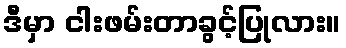
ဒီမှာ ငါးဖမ်းတာခွင့်ပြုလား။